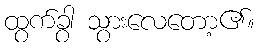
ထွက်ခွာ သွားလေတော့၏။